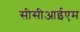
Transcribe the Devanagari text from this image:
सीसीआईएम